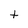
Character: t